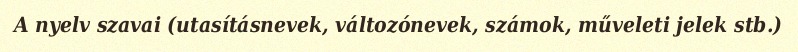
A nyelv szavai (utasításnevek, változónevek, számok, műveleti jelek stb.)